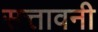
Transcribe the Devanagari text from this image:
सत्तावनी